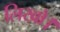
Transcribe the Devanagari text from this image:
लिखो।